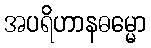
အပရိဟာနဓမ္မော